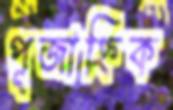
পূজাহ্নিক